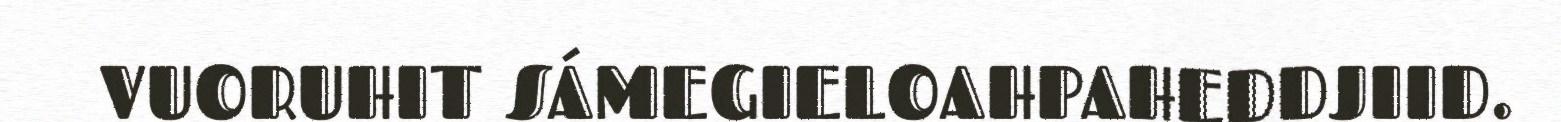
VUORUHIT SÁMEGIELOAHPAHEDDJIID.